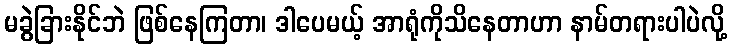
မခွဲခြားနိုင်ဘဲ ဖြစ်နေကြတာ၊ ဒါပေမယ့် အာရုံကိုသိနေတာဟာ နာမ်တရားပါပဲလို့